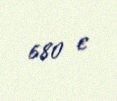
680 €